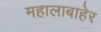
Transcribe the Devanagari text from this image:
महालाबाहेर